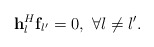
\begin{align*} {\bf{h}}_l^H{{\bf{f}}_{l'}} = 0,\ \forall l \ne l'. \end{align*}